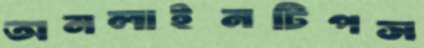
অনলাইনটিপস